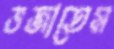
ভজাতেম